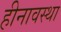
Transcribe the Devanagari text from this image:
हीनावस्था